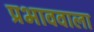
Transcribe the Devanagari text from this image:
प्रभाववाला